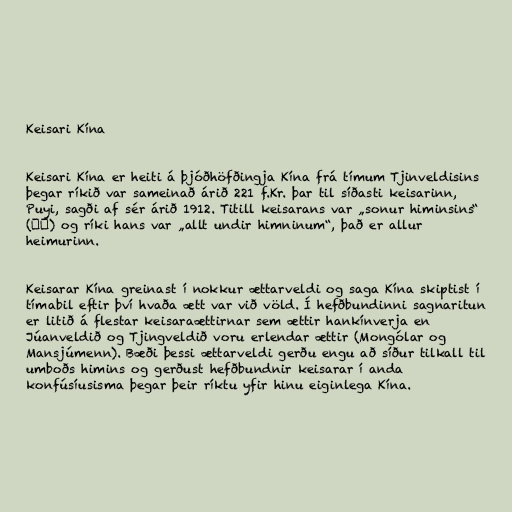
Keisari Kína

Keisari Kína er heiti á þjóðhöfðingja Kína frá tímum Tjinveldisins
þegar ríkið var sameinað árið 221 f.Kr. þar til síðasti keisarinn,
Puyi, sagði af sér árið 1912. Titill keisarans var „sonur himinsins“
(天子) og ríki hans var „allt undir himninum“, það er allur
heimurinn.

Keisarar Kína greinast í nokkur ættarveldi og saga Kína skiptist í
tímabil eftir því hvaða ætt var við völd. Í hefðbundinni sagnaritun
er litið á flestar keisaraættirnar sem ættir hankínverja en
Júanveldið og Tjingveldið voru erlendar ættir (Mongólar og
Mansjúmenn). Bæði þessi ættarveldi gerðu engu að síður tilkall til
umboðs himins og gerðust hefðbundnir keisarar í anda
konfúsíusisma þegar þeir ríktu yfir hinu eiginlega Kína.